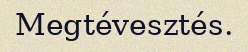
Megtévesztés.